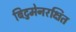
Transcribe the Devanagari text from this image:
बिटुमेनरक्षित